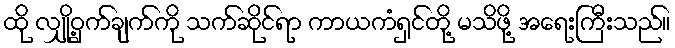
ထို လျှို့ဝှက်ချက်ကို သက်ဆိုင်ရာ ကာယကံရှင်တို့ မသိဖို့ အရေးကြီးသည်။